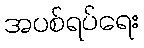
အပစ်ရပ်ရေး